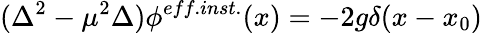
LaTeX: (\Delta^{2}-\mu^{2}\Delta)\phi^{eff.inst.}(x)=-2g\delta(x-x_{0})